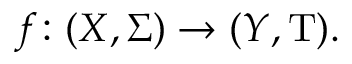
f \colon ( X , \Sigma ) \rightarrow ( Y , \mathrm { T } ) .